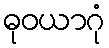
ဓုဝယာဂုံ